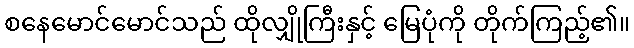
စနေမောင်မောင်သည် ထိုလျှိုကြီးနှင့် မြေပုံကို တိုက်ကြည့်၏။